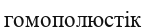
гомополюстік